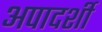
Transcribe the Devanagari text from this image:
अपादर्शी